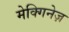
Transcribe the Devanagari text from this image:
मेक्गिनेज़